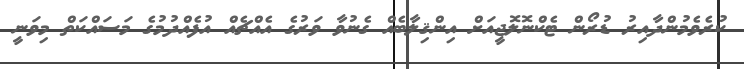
ކުރެވެމުންދާއިރު ޑުރޯން ޓެކްނޮލޮޖީއަށް އިންޤިލާބެއް ގެނުވާ ވަރުގެ އެއްޗެއް އުފެއްދުމުގެ މަސައްކަތް މިވަނީ